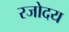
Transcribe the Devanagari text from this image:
रजोदय